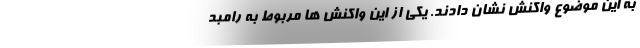
به این موضوع واکنش نشان دادند. یکی از این واکنش ها مربوط به رامبد